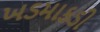
ખડમાકડી